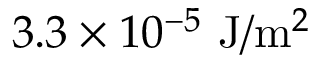
3 . 3 \times 1 0 ^ { - 5 } \mathrm { ~ J } / \mathrm { m } ^ { 2 }